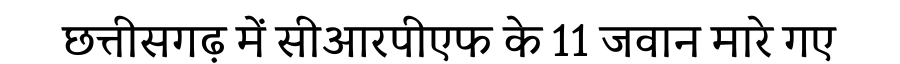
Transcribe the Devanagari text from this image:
छत्तीसगढ़ में सीआरपीएफ के 11 जवान मारे गए